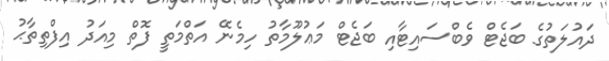
ދައުލަތުގެ ބަޖެޓް ވެބްސައިޓާއި ބަޖެޓް މަޢުލޫމާތު ހިމެނޭ އަތްމަތީ ފޮތް މިއަދު އިފްތިތާޙު